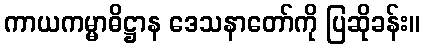
ကာယကမ္မာဓိဋ္ဌာန ဒေသနာတော်ကို ပြဆိုခန်း။